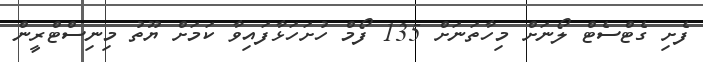
ފެށި ގެޓްސެޓް ލޯނަށް މިހާތަނަށް 135 ފޯމް ހުށަހަޅާފައިވާ ކަމަށް ޔޫތު މިނިސްޓްރީން